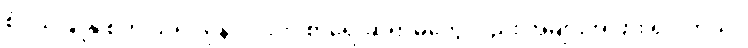
စံပယ်ဖြူနု စတဲ့ သရုပ်မှန်လိုင်းက စာရေးဆရာမတွေလည်း အများအပြား ရှိပါတယ်။